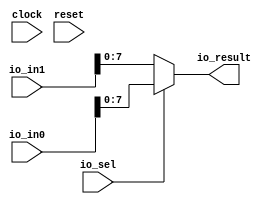
module Multiplexer(
  input         clock,
  input         reset,
  input  [15:0] io_in0,
  input  [15:0] io_in1,
  input         io_sel,
  output [7:0]  io_result
);
  wire [15:0] _io_result_T = io_sel ? io_in0 : io_in1; // @[Multiplexer.scala 12:19]
  assign io_result = _io_result_T[7:0]; // @[Multiplexer.scala 12:13]
endmodule